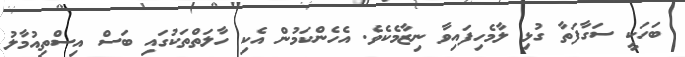
ބަހަކީ ސަގާފަތާ ގުޅި ލާމެހިފައިވާ ނިޒާމެކެވެ. އެހެންކަމުން އެކި ހާލަތްތަކުގައި ބަސް އިސްތިއުމާލު